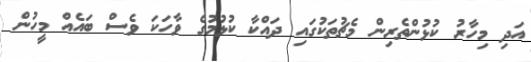
އަދި މިހާރު ކުޅުންތެރިން މެޗުތަކުގައި ދައްކާ ކުޅުމުގެ ވާހަކަ ވެސް ބައެއް މީހުން